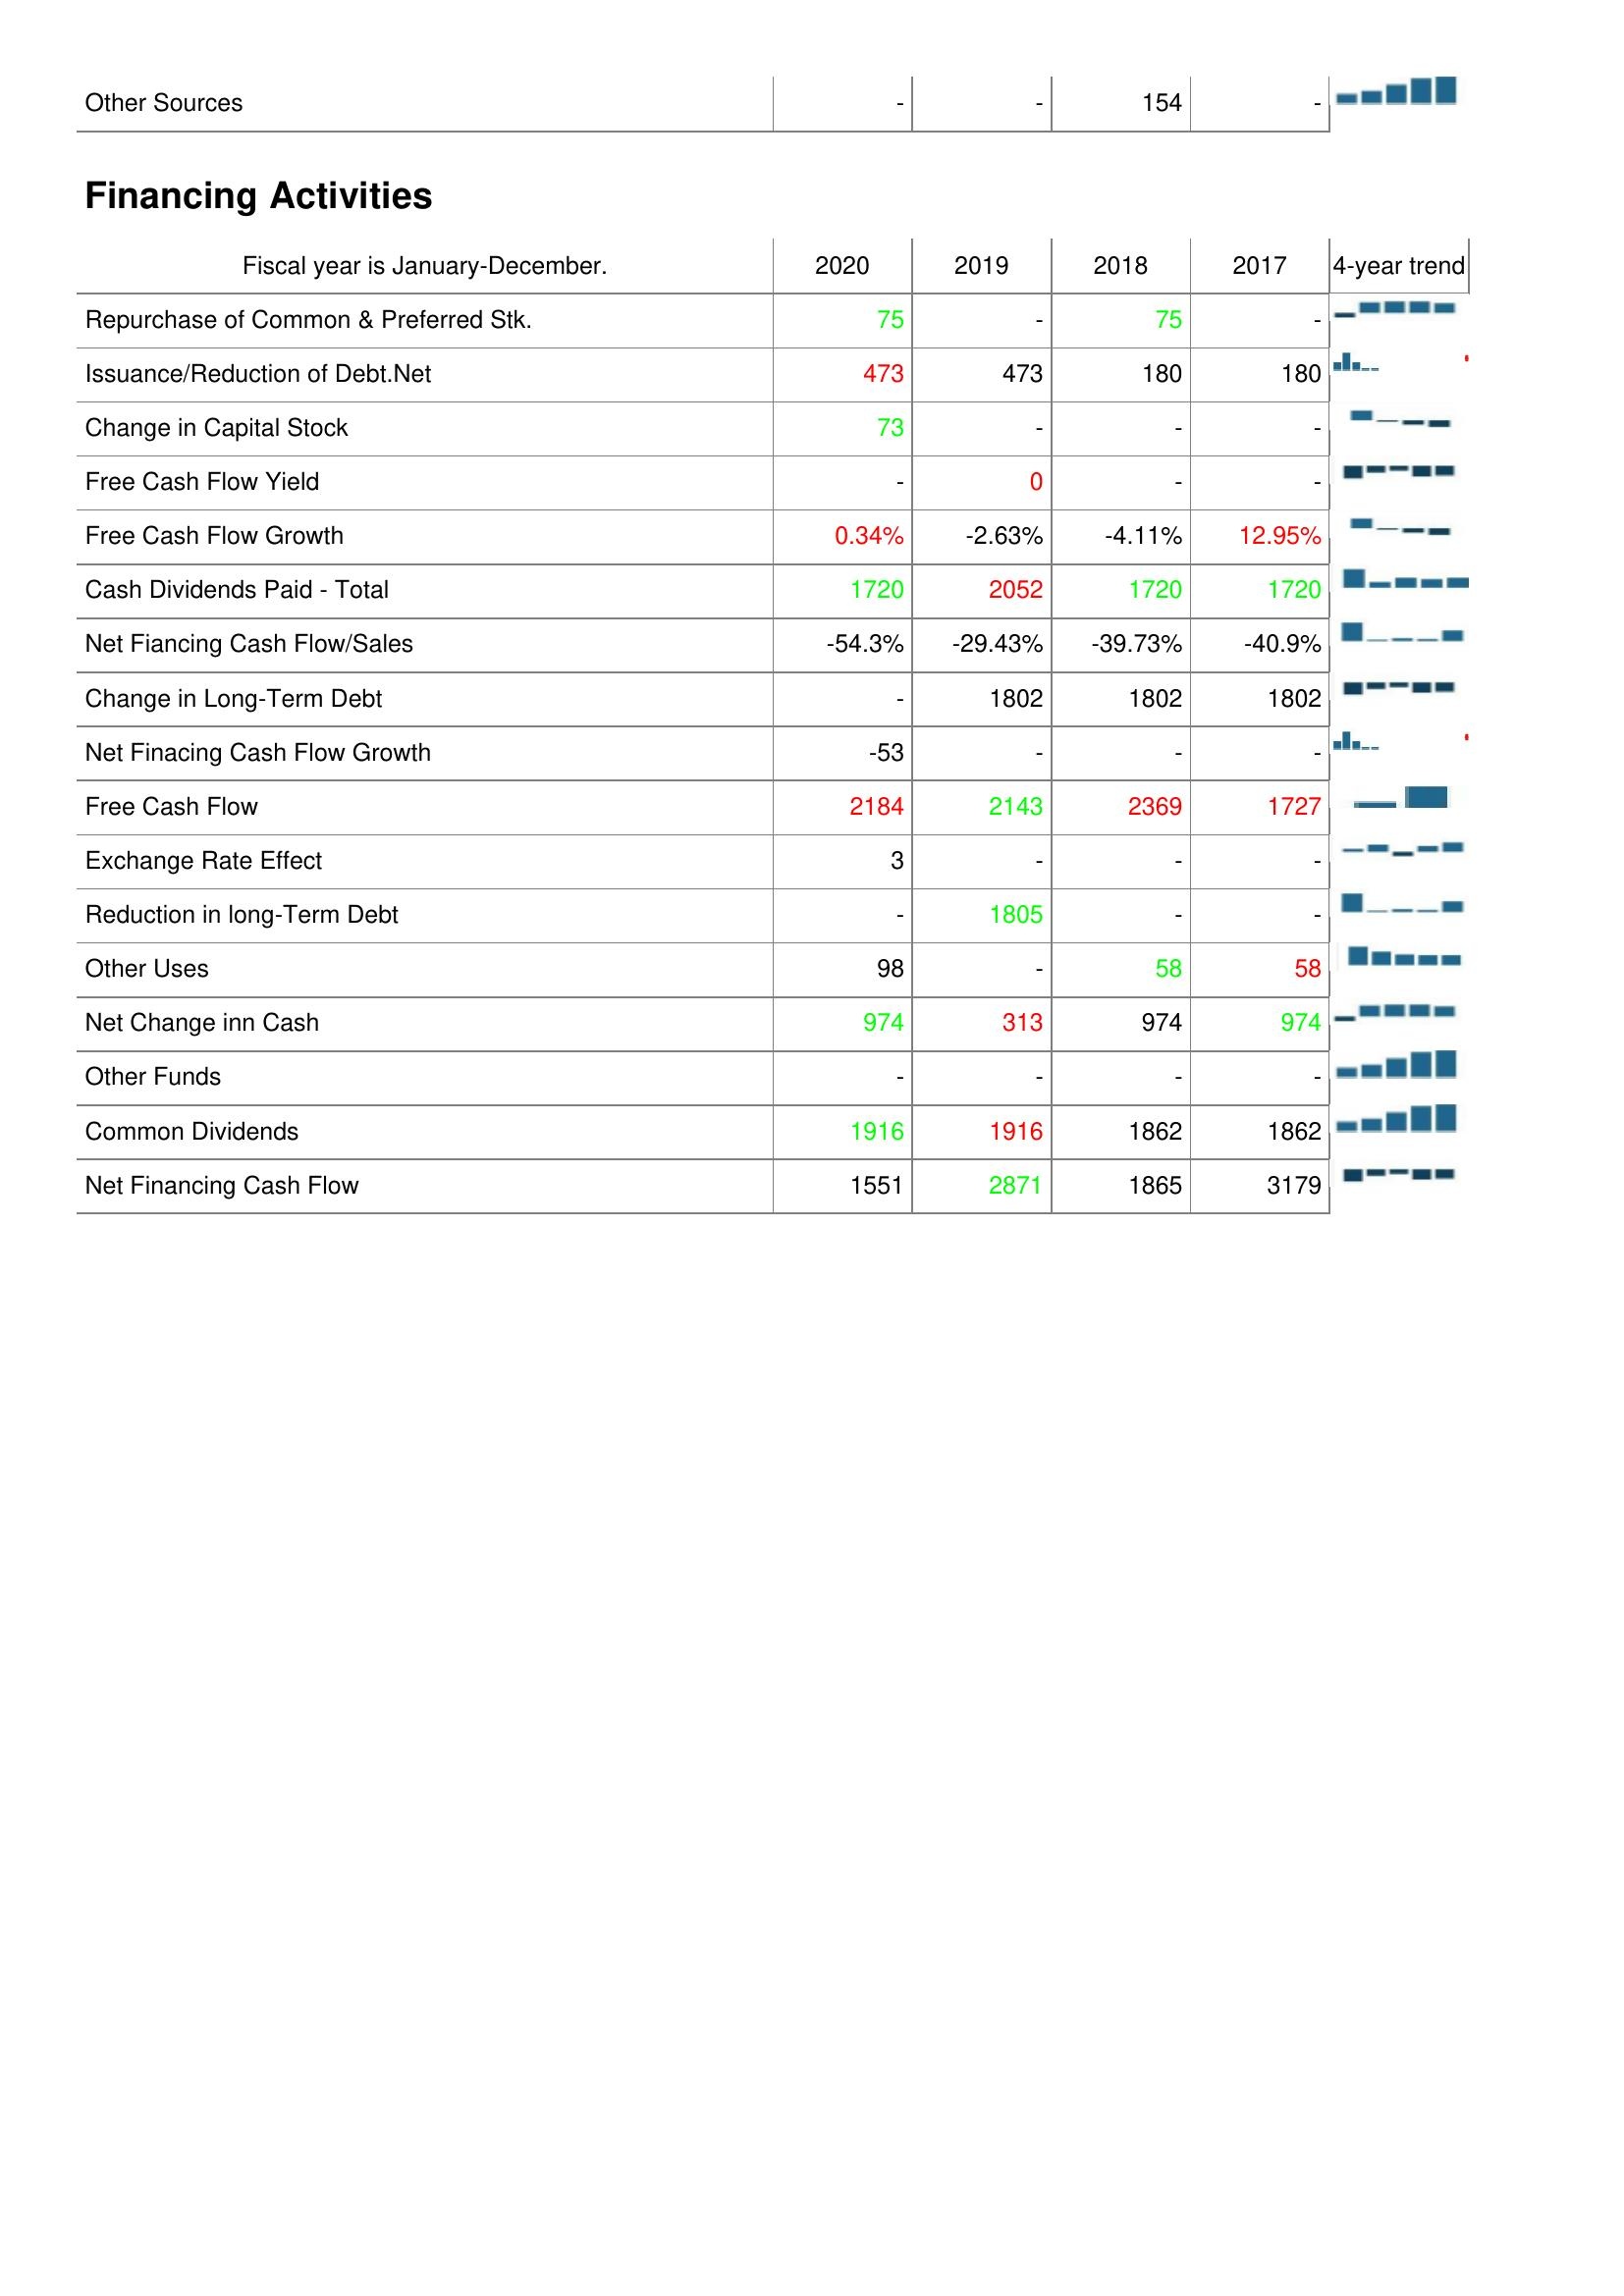
2020: Investing Activities: Other Sources: -
Financing Activities: Repurchase of Common & Preferred Stk.: 75
Issuance/Reduction of Debt.Net: 473
Change in Capital Stock: 73
Free Cash Flow Yield: -
Free Cash Flow Growth: 0.34%
Cash Dividends Paid - Total: 1720
Net Fiancing Cash Flow/Sales: -54.3%
Change in Long-Term Debt: -
Net Finacing Cash Flow Growth: -53
Free Cash Flow: 2184
Exchange Rate Effect: 3
Reduction in long-Term Debt: -
Other Uses: 98
Net Change inn Cash: 974
Other Funds: -
Common Dividends: 1916
Net Financing Cash Flow: 1551
2019: Investing Activities: Other Sources: -
Financing Activities: Repurchase of Common & Preferred Stk.: -
Issuance/Reduction of Debt.Net: 473
Change in Capital Stock: -
Free Cash Flow Yield: 0
Free Cash Flow Growth: -2.63%
Cash Dividends Paid - Total: 2052
Net Fiancing Cash Flow/Sales: -29.43%
Change in Long-Term Debt: 1802
Net Finacing Cash Flow Growth: -
Free Cash Flow: 2143
Exchange Rate Effect: -
Reduction in long-Term Debt: 1805
Other Uses: -
Net Change inn Cash: 313
Other Funds: -
Common Dividends: 1916
Net Financing Cash Flow: 2871
2018: Investing Activities: Other Sources: 154
Financing Activities: Repurchase of Common & Preferred Stk.: 75
Issuance/Reduction of Debt.Net: 180
Change in Capital Stock: -
Free Cash Flow Yield: -
Free Cash Flow Growth: -4.11%
Cash Dividends Paid - Total: 1720
Net Fiancing Cash Flow/Sales: -39.73%
Change in Long-Term Debt: 1802
Net Finacing Cash Flow Growth: -
Free Cash Flow: 2369
Exchange Rate Effect: -
Reduction in long-Term Debt: -
Other Uses: 58
Net Change inn Cash: 974
Other Funds: -
Common Dividends: 1862
Net Financing Cash Flow: 1865
2017: Investing Activities: Other Sources: -
Financing Activities: Repurchase of Common & Preferred Stk.: -
Issuance/Reduction of Debt.Net: 180
Change in Capital Stock: -
Free Cash Flow Yield: -
Free Cash Flow Growth: 12.95%
Cash Dividends Paid - Total: 1720
Net Fiancing Cash Flow/Sales: -40.9%
Change in Long-Term Debt: 1802
Net Finacing Cash Flow Growth: -
Free Cash Flow: 1727
Exchange Rate Effect: -
Reduction in long-Term Debt: -
Other Uses: 58
Net Change inn Cash: 974
Other Funds: -
Common Dividends: 1862
Net Financing Cash Flow: 3179